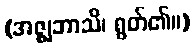
(အဇ္ဈဘာသိ၊ ရွတ်၏။)